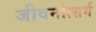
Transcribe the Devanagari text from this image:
जीवनोत्सर्ग